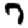
Digit: 7